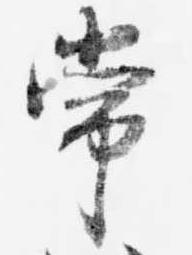
常